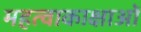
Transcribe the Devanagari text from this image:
महत्वाकाक्षाओं